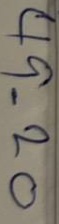
49 = 20